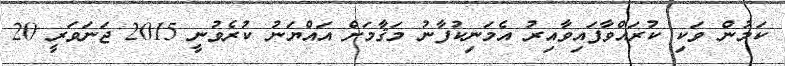
ކަމުން ވަކި ކުރައްވާފައިވާއިރު އެމަނިކުފާނު މަޤާމަށް އައްޔަނު ކުރެވުނީ 2015 ޖަނަވަރީ 20